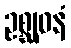
ဥစ္ဆုဝနံ